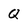
Character: Q